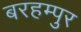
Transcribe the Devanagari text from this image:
बरहम्पुर